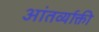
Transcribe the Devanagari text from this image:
आंतर्व्याक्ती